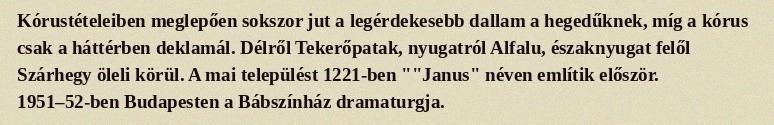
Kórustételeiben meglepően sokszor jut a legérdekesebb dallam a hegedűknek, míg a kórus csak a háttérben deklamál. Délről Tekerőpatak, nyugatról Alfalu, északnyugat felől Szárhegy öleli körül. A mai települést 1221-ben ""Janus" néven említik először. 1951–52-ben Budapesten a Bábszínház dramaturgja.